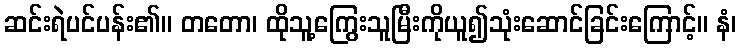
ဆင်းရဲပင်ပန်း၏။ တတော၊ ထိုသူ့ကြွေးသူမြီးကိုယူ၍သုံးဆောင်ခြင်းကြောင့်။ နံ၊